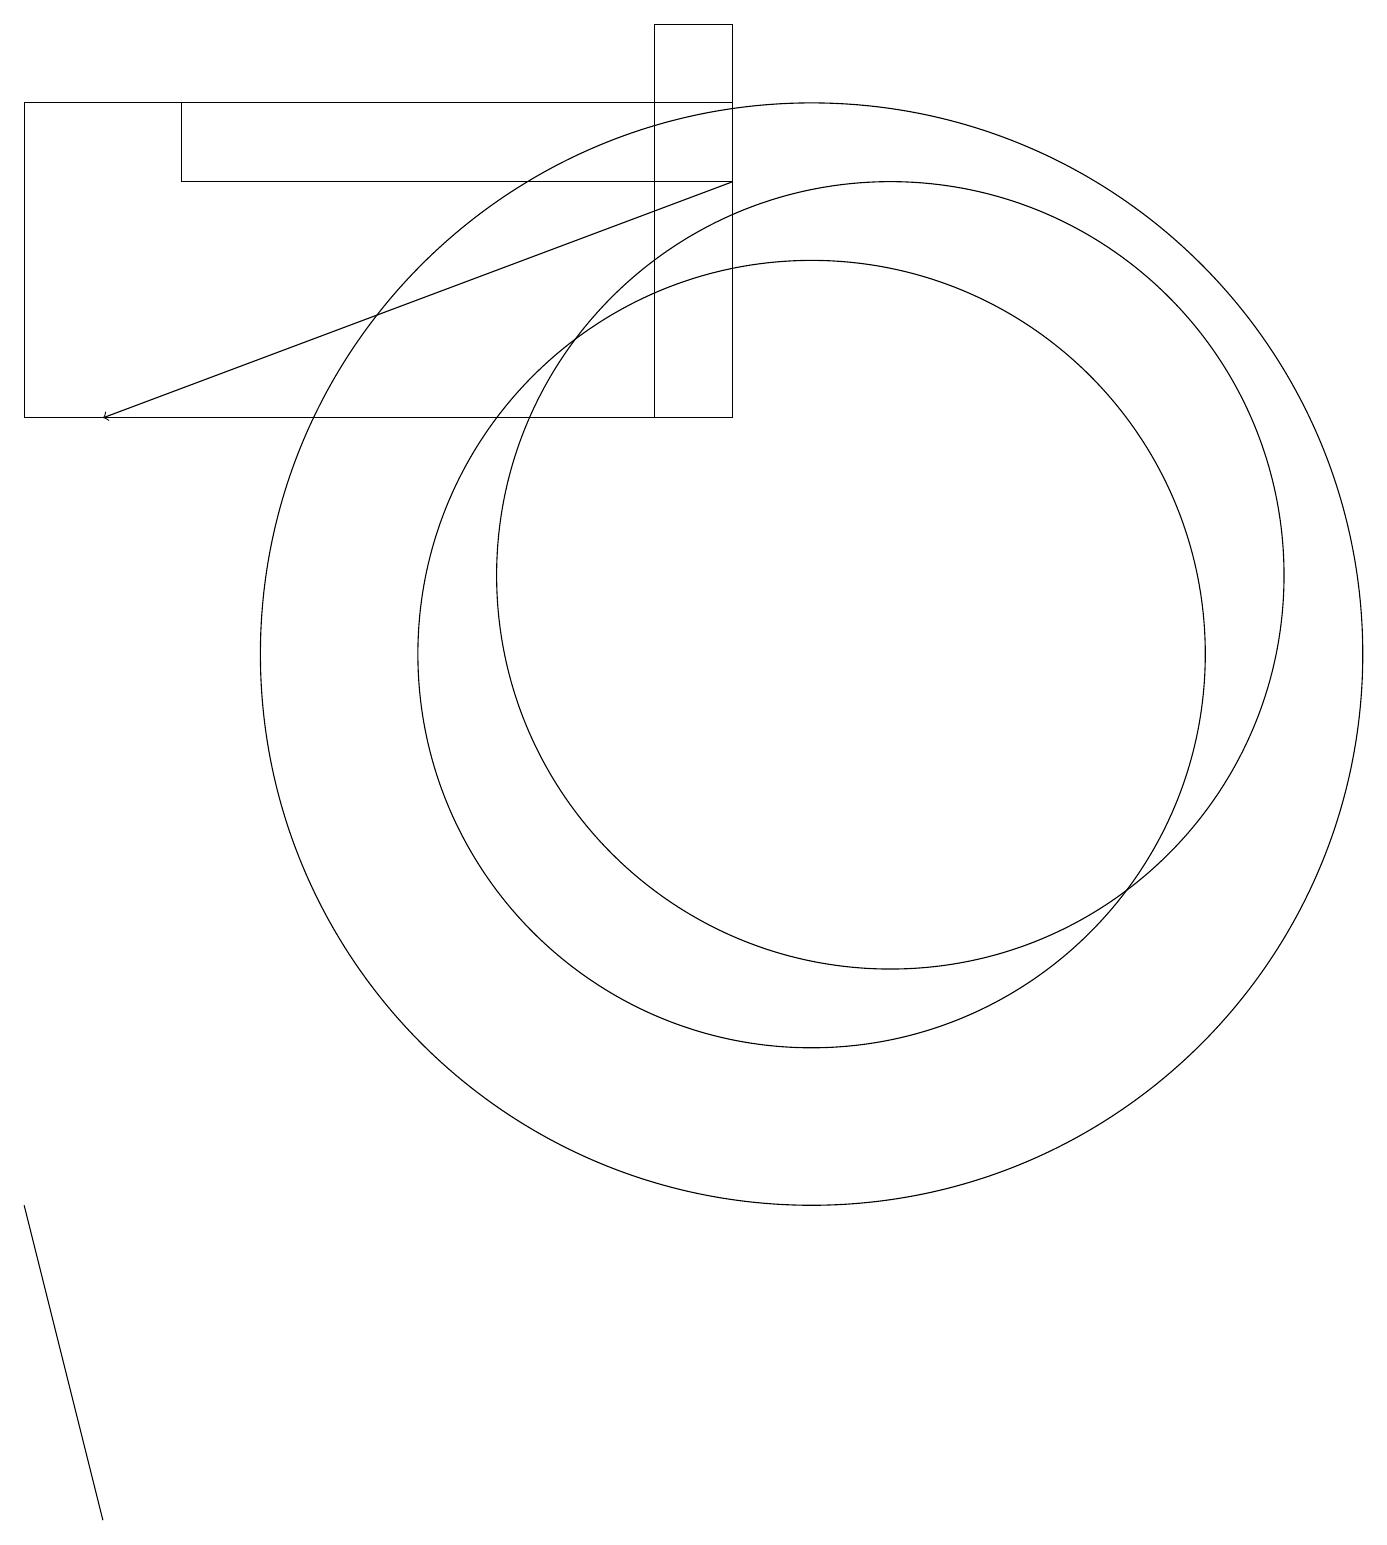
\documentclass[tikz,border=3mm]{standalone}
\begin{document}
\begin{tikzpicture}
\draw (0,4) -- (0,4) -- (1,0) -- cycle;
\draw (9,14) rectangle (8,19);
\draw (9,18) rectangle (2,17);
\draw (0,14) rectangle (9,18);
\draw (10,11) circle (5);
\draw (10,11) circle (7);
\draw[->] (9,17) -- (1,14);
\draw (11,12) circle (5);
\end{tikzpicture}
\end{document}